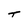
Character: t